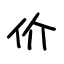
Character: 价